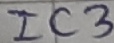
Text: IC3